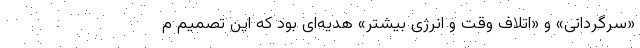
«سرگردانی» و «اتلاف وقت و انرژی بیشتر» هدیه‌ای بود که این تصمیم م